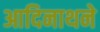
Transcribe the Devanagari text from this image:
आदिनाथने